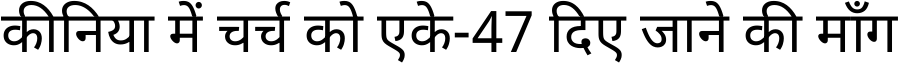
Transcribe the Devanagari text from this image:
कीनिया में चर्च को एके-47 दिए जाने की माँग